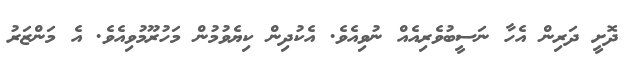
ދޮށީ ދަރިން އެހާ ނަސީބުވެރިއެއް ނުވިއެވެ. އެކުދިން ކިޔެވުމުން މަހުރޫމުވިއެވެ. އެ މަންޒަރު